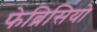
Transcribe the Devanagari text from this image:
फेब्रिसियो